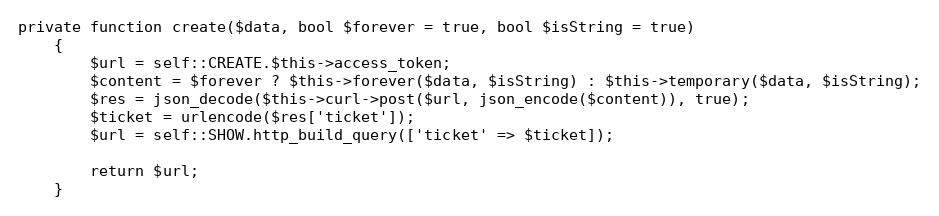
Language: PHP
private function create($data, bool $forever = true, bool $isString = true)
    {
        $url = self::CREATE.$this->access_token;
        $content = $forever ? $this->forever($data, $isString) : $this->temporary($data, $isString);
        $res = json_decode($this->curl->post($url, json_encode($content)), true);
        $ticket = urlencode($res['ticket']);
        $url = self::SHOW.http_build_query(['ticket' => $ticket]);

        return $url;
    }